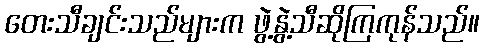
တေးသီချင်းသည်များက ဖွဲ့နွဲ့သီဆိုကြကုန်သည်။